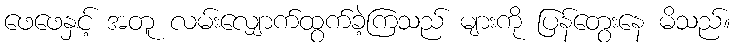
ဖေဖေနှင့် အတူ လမ်းလျှောက်ထွက်ခဲ့ကြသည် များကို ပြန်တွေးနေ မိသည်။